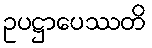
ဥပဋ္ဌာပေဿတိ